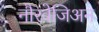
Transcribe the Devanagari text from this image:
नौरवेजिअन